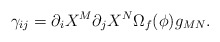
\begin{align*}{\gamma_{ij} = \partial_i X^M\partial_j X^N \Omega_f (\phi) g_{MN}.}\end{align*}